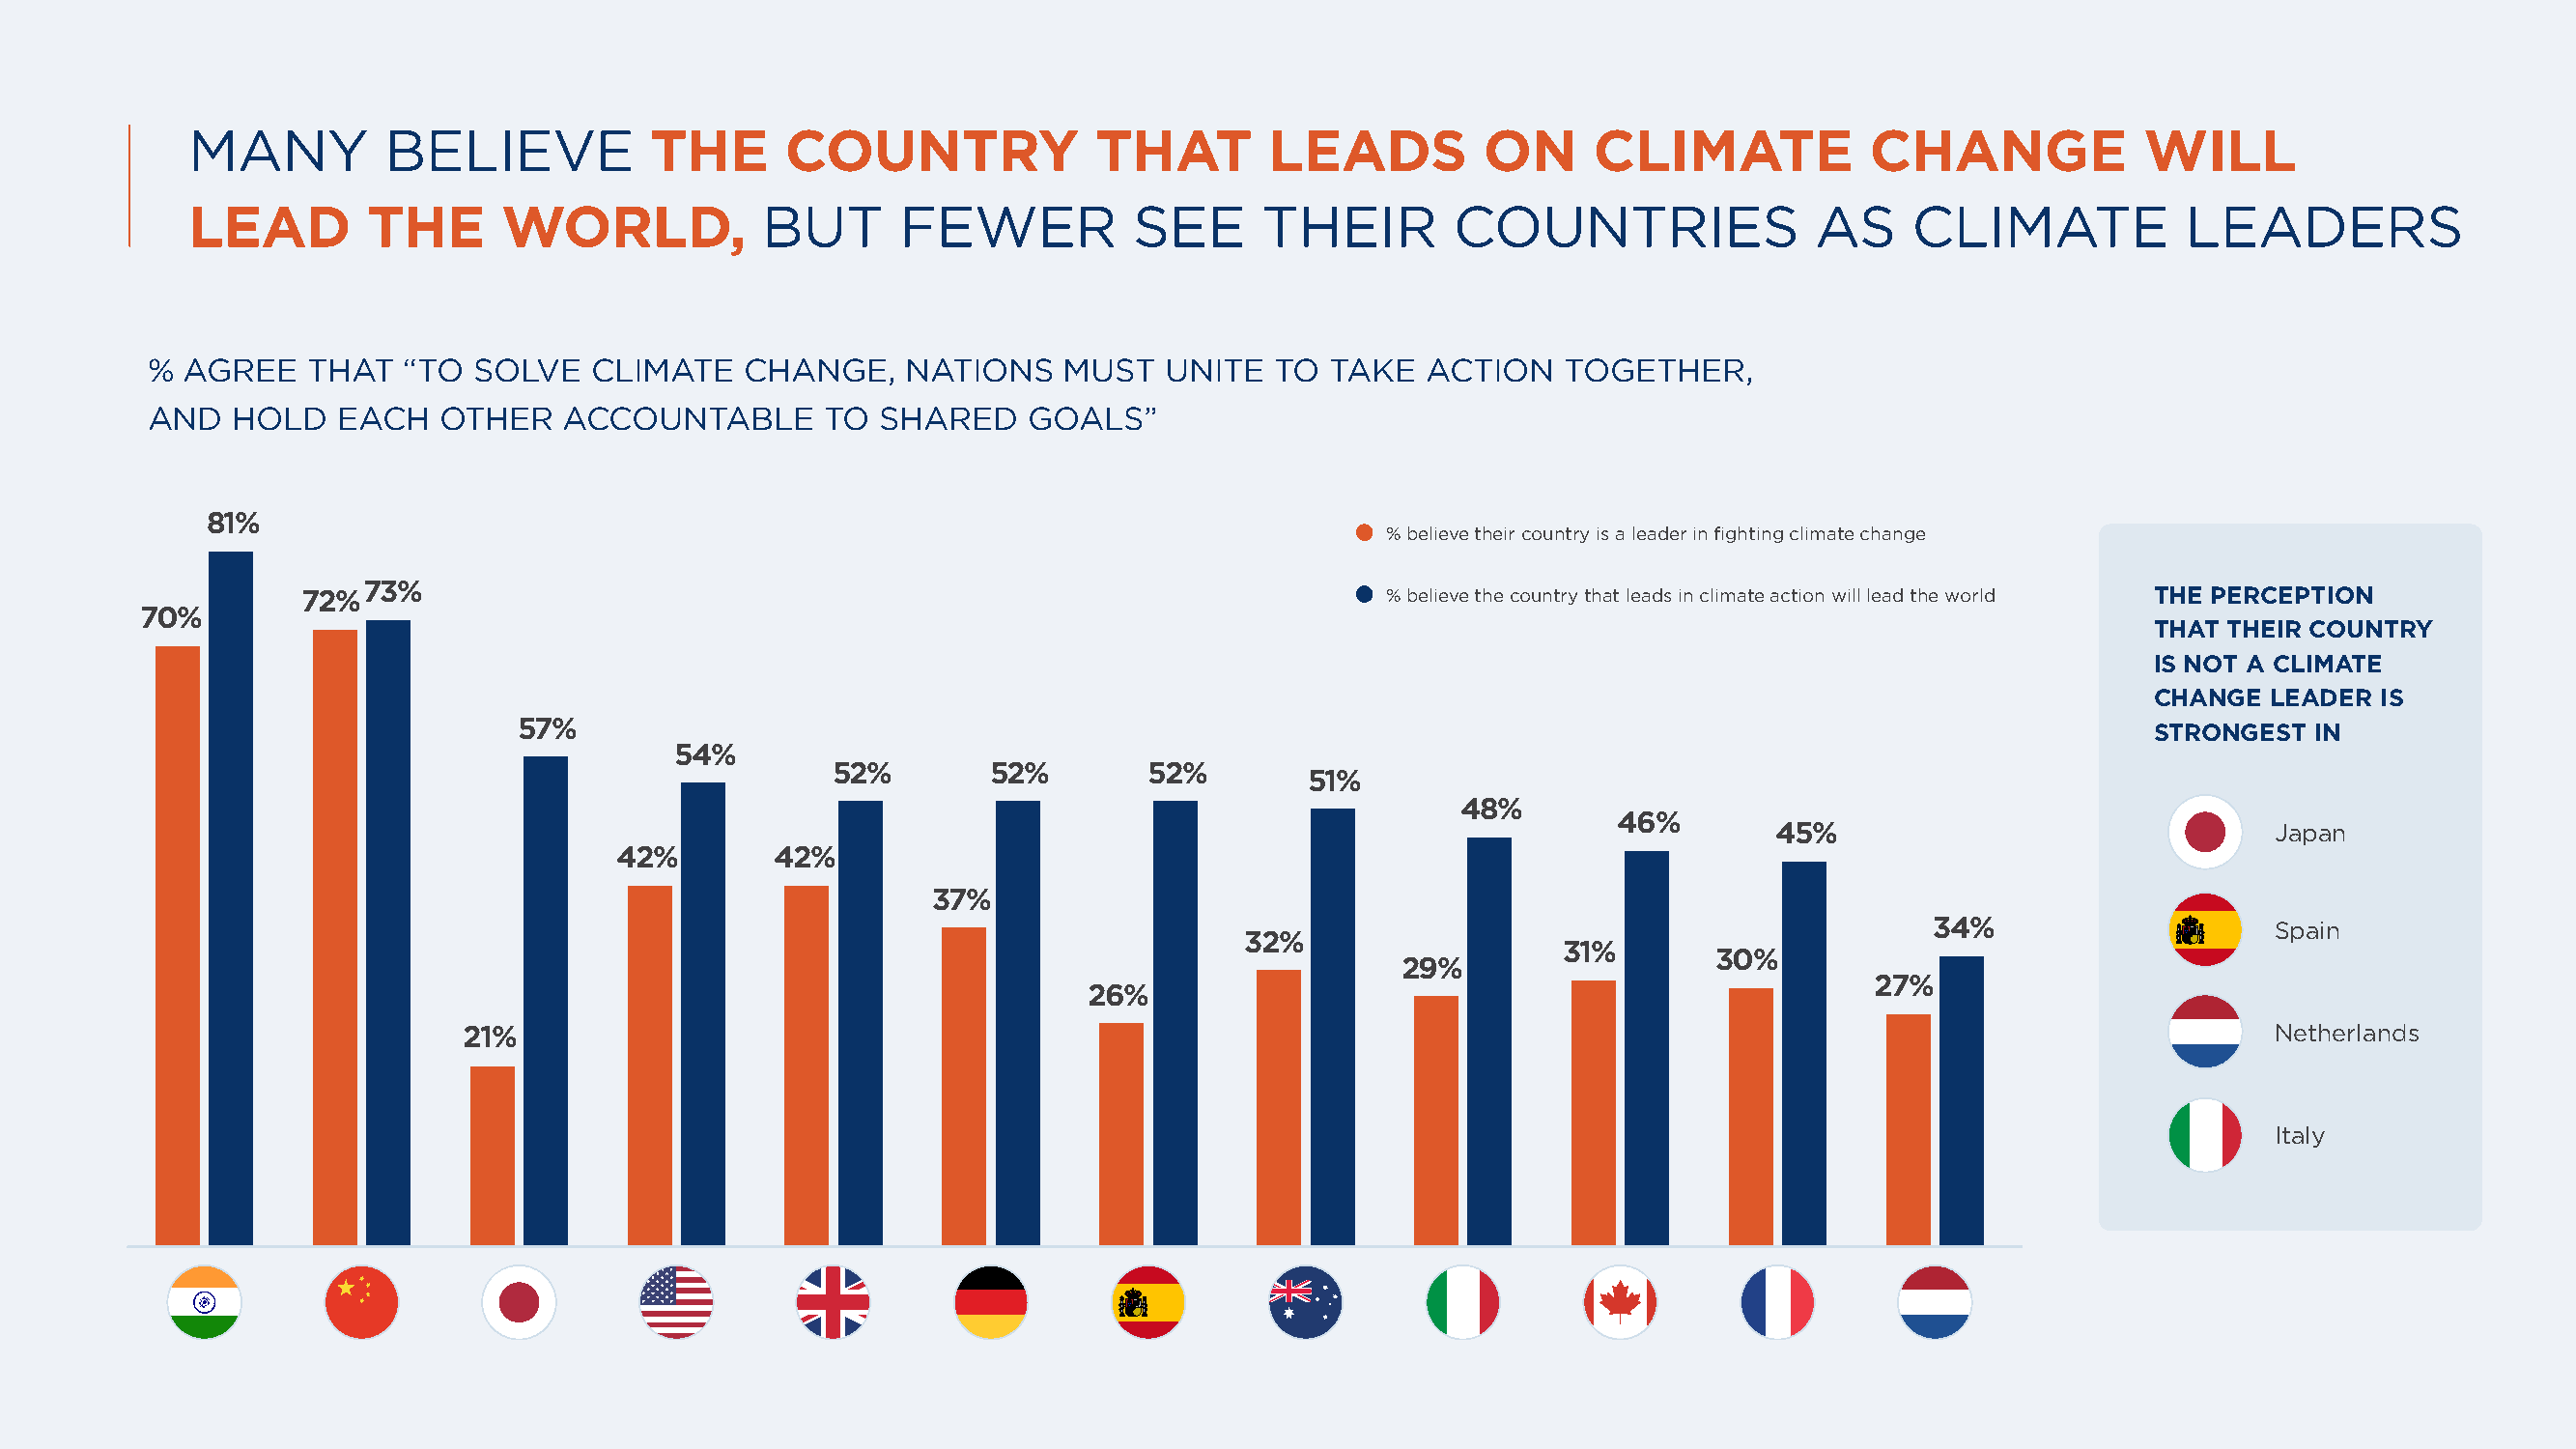
MANY         BELIEVE            THE      COUNTRY              THAT        LEADS          ON     CLIMATE            CHANGE             WILL
 LEAD        THE      WORLD,            BUT       FEWER           SEE     THEIR         COUNTRIES               AS     CLIMATE            LEADERS
 %  AGREE   THAT   “TO SOLVE    CLIMATE   CHANGE,    NATIONS    MUST   UNITE  TO  TAKE   ACTION   TOGETHER,
 AND   HOLD   EACH   OTHER    ACCOUNTABLE       TO SHARED    GOALS”
 81%
 % believe their country is a leader in fighting climate change
 73%
 72%                                                                       % believe the country that leads in climate action will lead the world THE PERCEPTION
 70%
 THAT THEIR COUNTRY
 IS NOT A CLIMATE
 CHANGE  LEADER IS
 57%
 STRONGEST  IN
 54%
 52%        52%        52%
 51%
 48%
 46%
 45%                               Japan
 42%        42%
 37%
 34%                     Spain
 32%
 31%
 30%
 29%
 27%
 26%
 21%                                                                                                                         Netherlands
 Italy